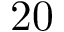
2 0